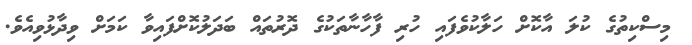
މިސްކިތުގެ ކުލަ އާކޮށް ހަލާކުވެފައި ހުރި ފާހާނާތަކުގެ ދޮރުތައް ބަދަލުކޮށްފައިވާ ކަމަށް ވިދާޅުވިއެވެ.